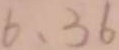
6 、 3 6